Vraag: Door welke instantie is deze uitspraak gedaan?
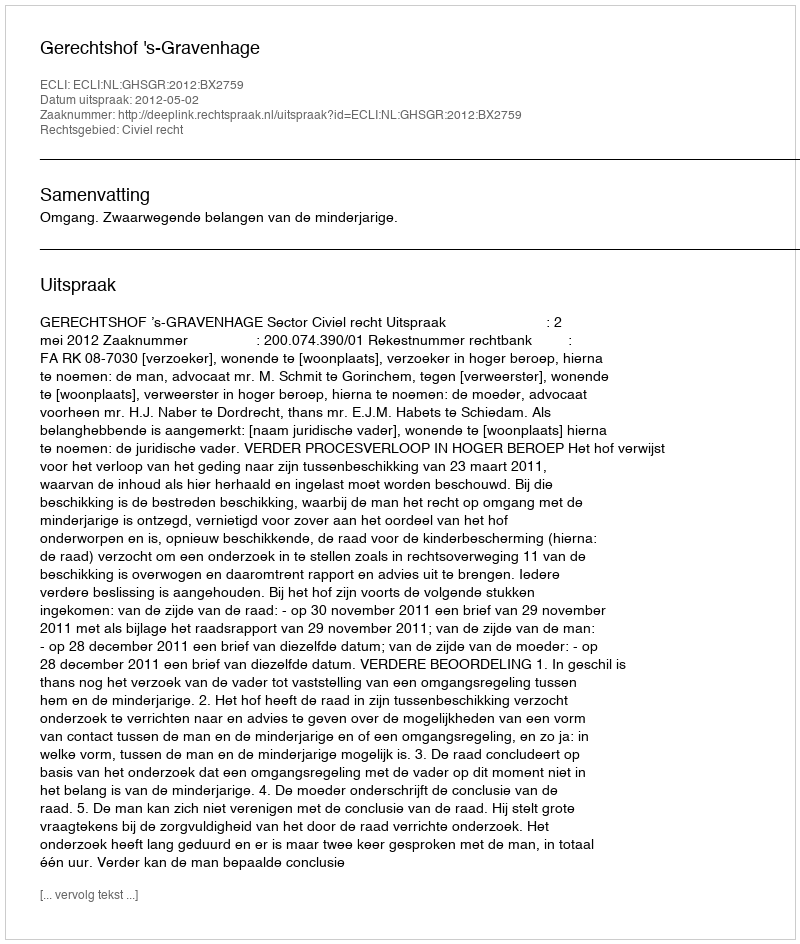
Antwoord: Gerechtshof 's-Gravenhage